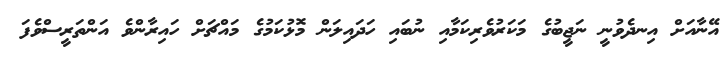
އޭނާއަށް އިނދެވުނީ ނަޖީބުގެ މަކަރުވެރިކަމާއި ނުބައި ހަދައިލަން މޮޅުކަމުގެ މައްޗަށް ހައިރާންވެ އަންތަރީސްވެފަ